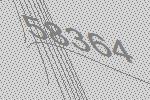
58364